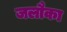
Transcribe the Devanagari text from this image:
जलौका